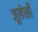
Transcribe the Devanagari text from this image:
जूलेखी